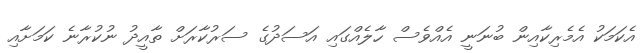
އެކަމަކު އެމެރިކާއިން ބުނަނީ އެއްވެސް ހާލެއްގައި އަސަދުގެ ސަރުކާރަށް ތާއީދު ނުކުރާނެ ކަމަށާއި